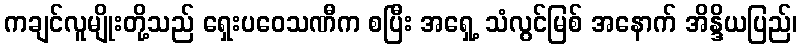
ကချင်လူမျိုးတို့သည် ရှေးပဝေသဏီက စပြီး အရှေ့ သံလွင်မြစ် အနောက် အိန္ဒိယပြည်၊